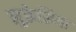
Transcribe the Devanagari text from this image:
लुक्रेसिया